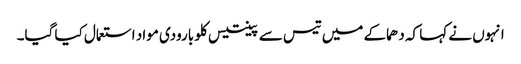
انہوں نے کہا کہ دھماکے میں تیس سے پینتیس کلو بارودی مواد استعمال کیا گیا۔